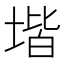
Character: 堦